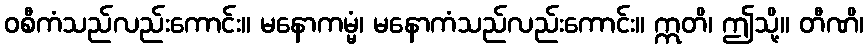
ဝစီကံသည်လည်းကောင်း။ မနောကမ္မံ၊ မနောကံသည်လည်းကောင်း။ ဣတိ၊ ဤသို့။ တီဏိ၊